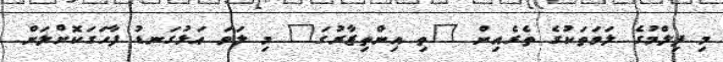
މި ފިލްމުގެ ލަވަތަކުގެ ތެރެއިން "ތި އިންތިޒާރުގަ" މި ލަވަ އަޅުގަނޑު ފާހަގަކޮށްލަން